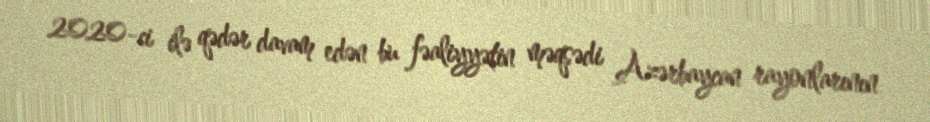
2020-ci ilə qədər davam edən bu fəaliyyətin məqsədi Azərbaycan rayonlarının